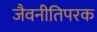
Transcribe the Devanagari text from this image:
जैवनीतिपरक